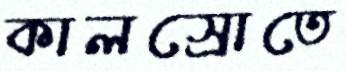
কালস্রোতে